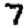
Digit: 7